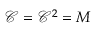
\mathcal { C } = \mathcal { C } ^ { 2 } = M